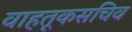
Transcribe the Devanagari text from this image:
वाहतूकसचिव